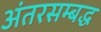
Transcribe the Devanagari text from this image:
अंतरसम्बद्ध